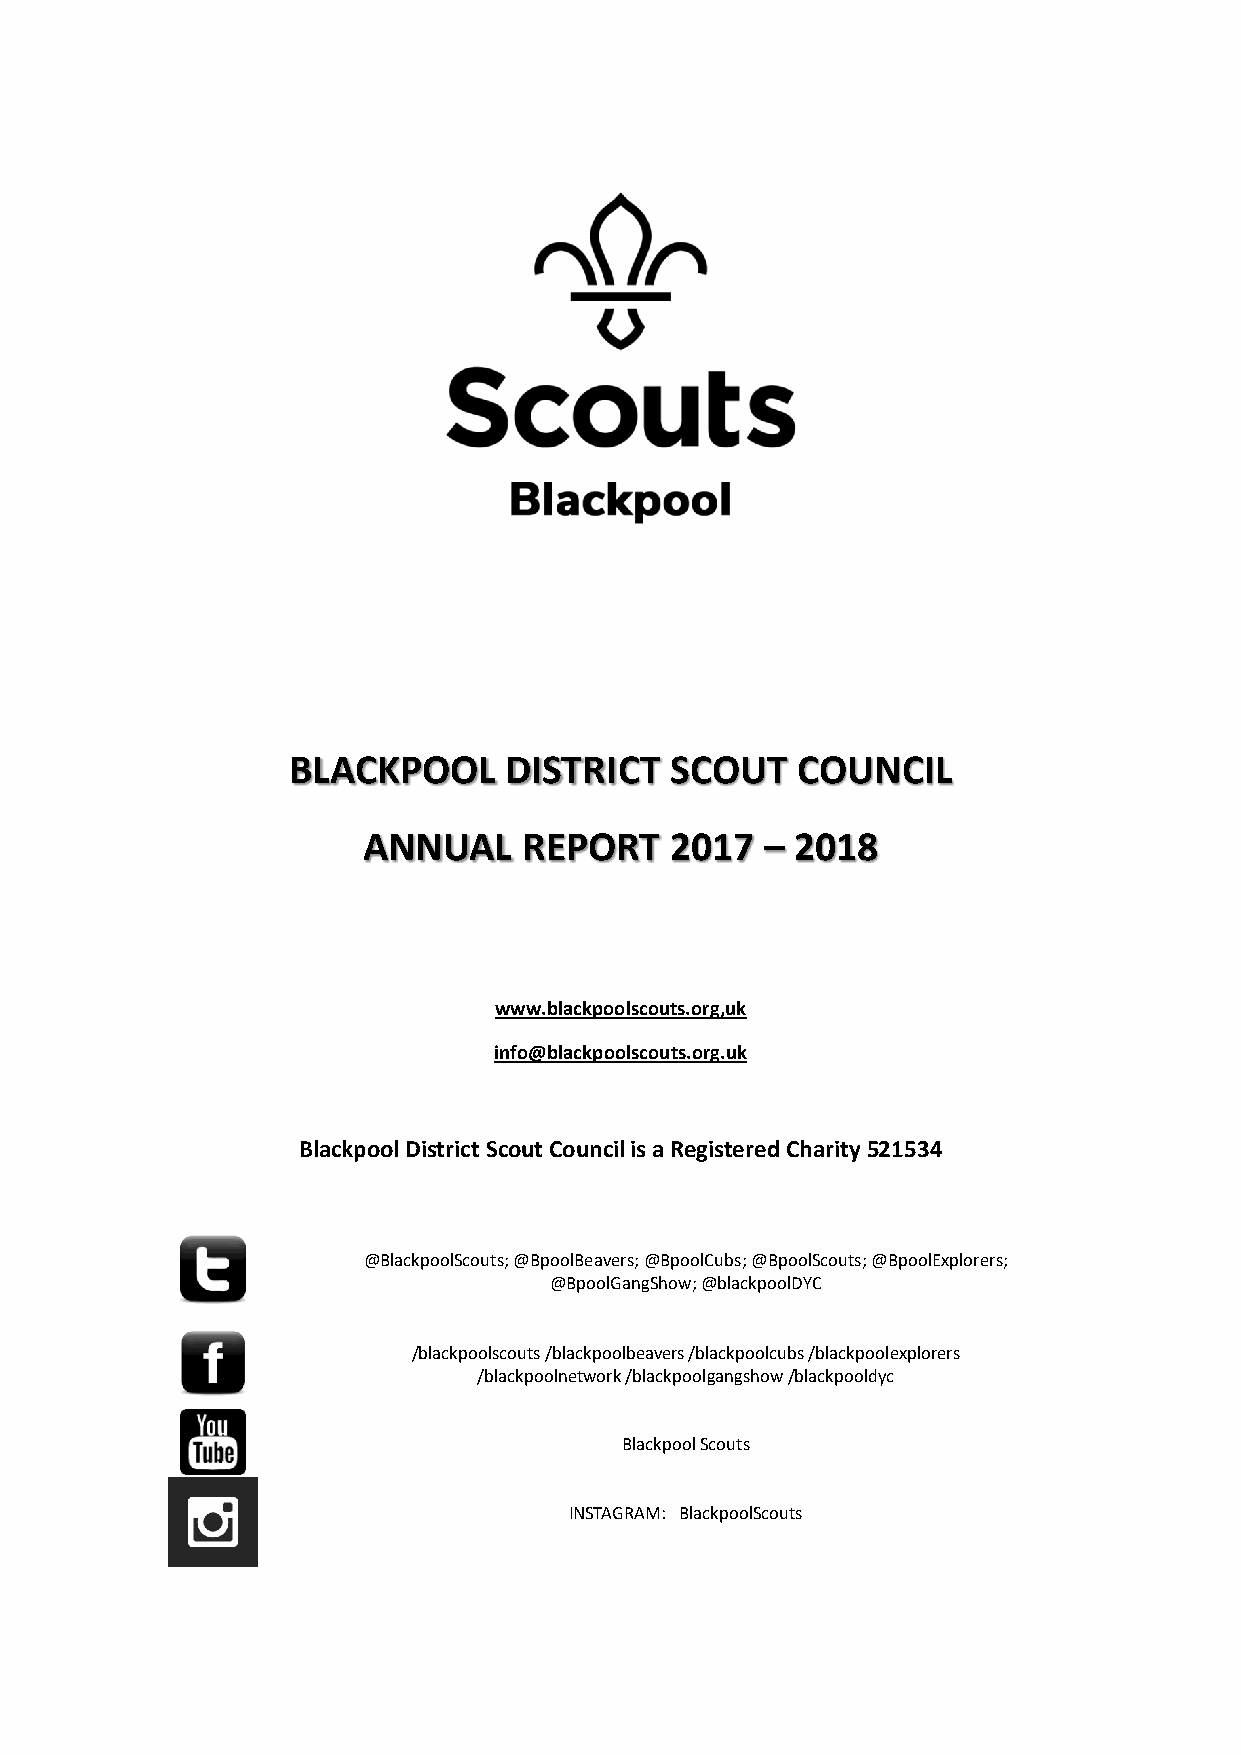
BLACKPOOL     DISTRICT   SCOUT    COUNCIL
 ANNUAL     REPORT   2017   – 2018
 www.blackpoolscouts.org,uk
 info@blackpoolscouts.org.uk
 Blackpool District Scout Council is a Registered Charity 521534
 @BlackpoolScouts; @BpoolBeavers; @BpoolCubs; @BpoolScouts; @BpoolExplorers;
 @BpoolGangShow; @blackpoolDYC
 /blackpoolscouts /blackpoolbeavers /blackpoolcubs /blackpoolexplorers
 /blackpoolnetwork /blackpoolgangshow /blackpooldyc
 Blackpool Scouts
 INSTAGRAM: BlackpoolScouts